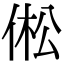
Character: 倯